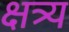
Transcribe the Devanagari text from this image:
क्षत्र्य